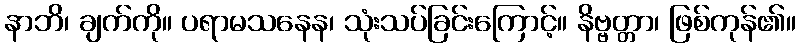
နာဘိ၊ ချက်ကို။ ပရာမသနေန၊ သုံးသပ်ခြင်းကြောင့်။ နိဗ္ဗတ္တာ၊ ဖြစ်ကုန်၏။